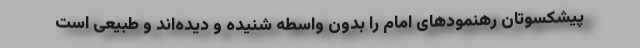
پیشکسوتان رهنمودهای امام را بدون واسطه شنیده و دیده‌اند و طبیعی است